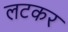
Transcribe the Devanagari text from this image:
लटकर